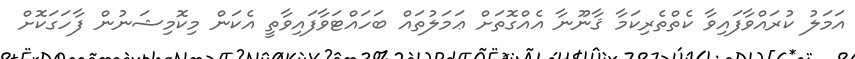
އަމަލު ކުރައްވާފައިވާ ކެތްތެރިކަމާ ޤާނޫނާ އެއްގޮތަށް ޢަމަލުތައް ބަހައްޓަވާފައިވާތީ އެކަން މިކޮމިޝަނުން ފާހަގަކޮށް